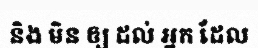
និង មិន ឲ្យ ដល់ អ្នក ដែល